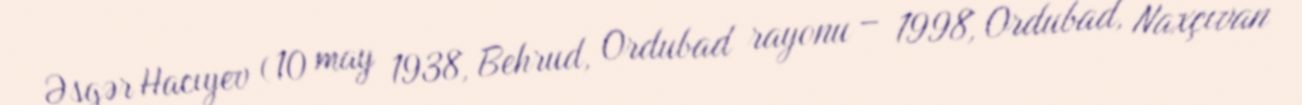
Əsgər Hacıyev (10 may 1938, Behrud, Ordubad rayonu – 1998, Ordubad, Naxçıvan